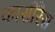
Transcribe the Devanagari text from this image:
कासीरैस